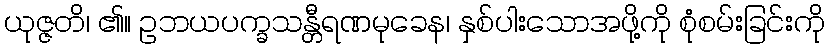
ယုဇ္ဇတိ၊ ၏။ ဥဘယပက္ခသန္တီရဏမုခေန၊ နှစ်ပါးသောအဖို့ကို စုံစမ်းခြင်းကို